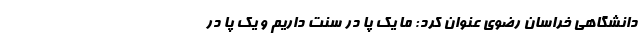
دانشگاهی خراسان رضوی عنوان کرد: ما یک پا در سنت داریم و یک پا در